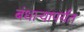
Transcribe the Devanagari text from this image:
बंधार्‍यापर्यंत